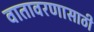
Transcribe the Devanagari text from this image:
वातावरणासाठी